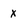
Character: x